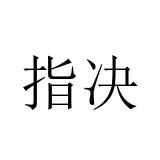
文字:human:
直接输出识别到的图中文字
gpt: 指决